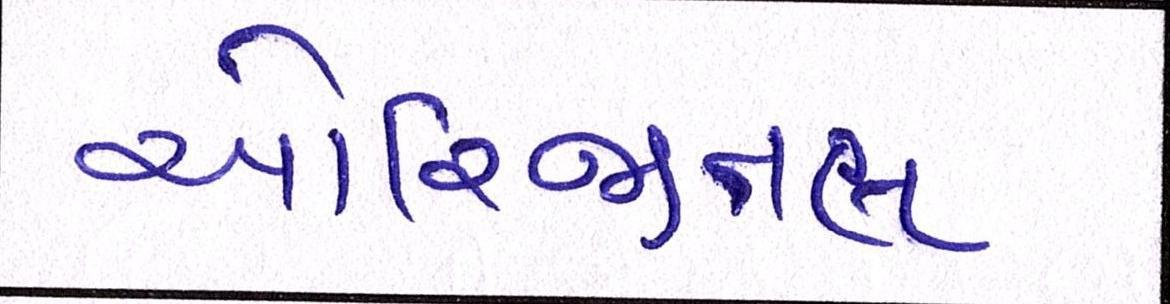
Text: ઓરિજીનલ